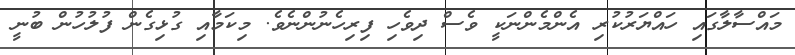
މައްސާލާގައި ހައްޔަރުކުރި އެންމެންނަކީ ވެސް ދިވެހި ފިރިހެނުންނެވެ. މިކަމާއި ގުޅިގެން ފުލުހުން ބުނީ